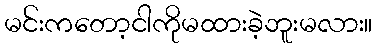
မင်းကတော့ငါကိုမထားခဲ့ဘူးမလား။